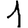
Digit: 1